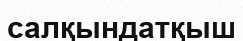
салқындатқыш